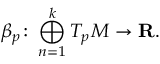
\beta _ { p } \colon \bigoplus _ { n = 1 } ^ { k } T _ { p } M \to \mathbf { R } .